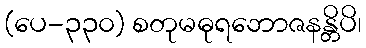
(ပေ-၃၃၀) စတုမဓုရဘောဇနန္တိပိ၊